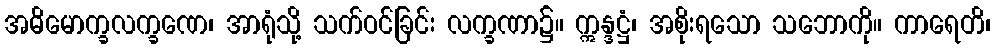
အဓိမောက္ခလက္ခဏေ၊ အာရုံသို့ သက်ဝင်ခြင်း လက္ခဏာ၌။ ဣန္ဒဋ္ဌံ၊ အစိုးရသော သဘောကို။ ကာရေတိ၊